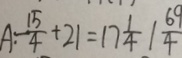
A : \frac { 1 5 } { 4 } + 2 1 = 1 7 \frac { 1 } { 4 } 1 \frac { 6 9 } { 4 }